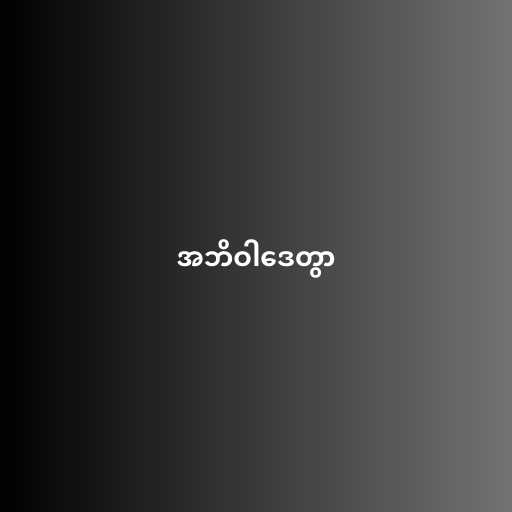
အဘိဝါဒေတွာ